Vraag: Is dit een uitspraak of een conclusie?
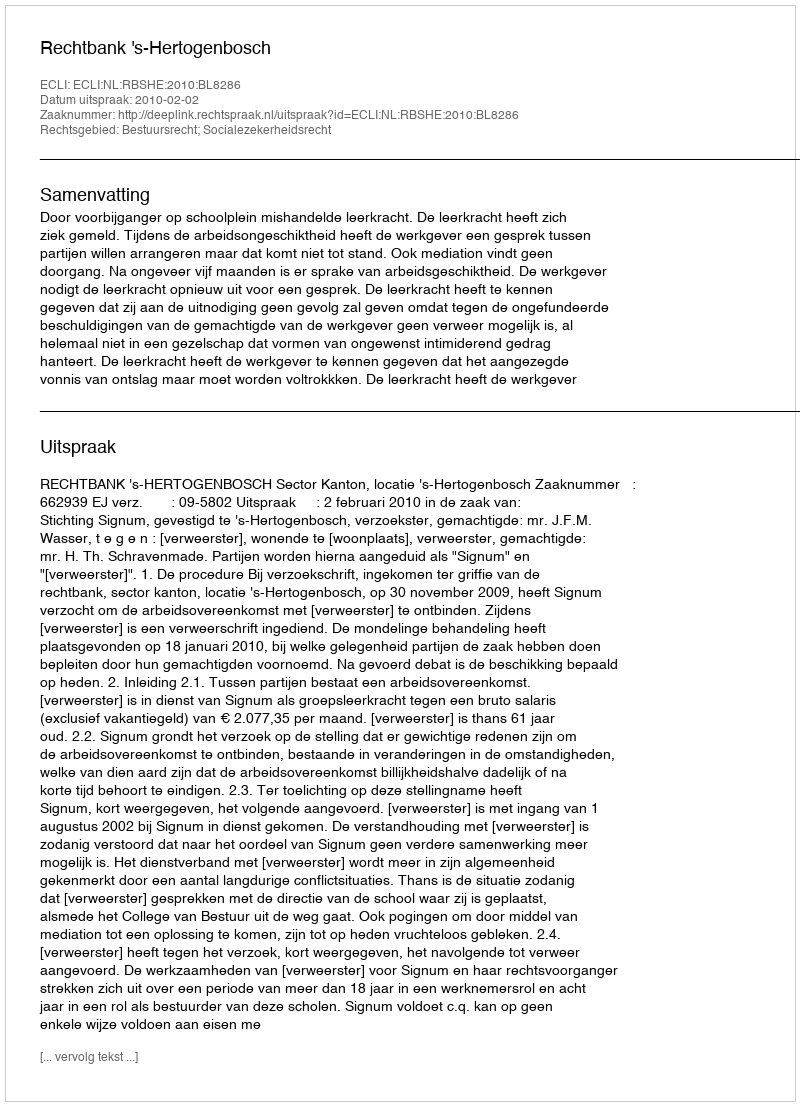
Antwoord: Uitspraak